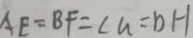
A E = B F = \angle G = D H